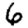
Digit: 6